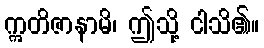
ဣတိဇာနာမိ၊ ဤသို့ ငါသိ၏။